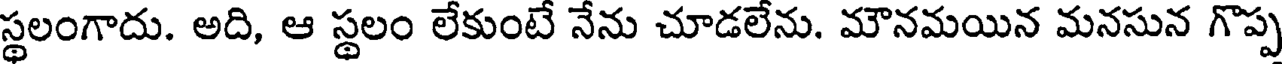
స్థలంగాదు. అది, ఆ స్థలం లేకుంటే నేను చూడలేను. మౌనమయిన మనసున గొప్ప